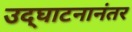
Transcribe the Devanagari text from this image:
उद्‌घाटनानंतर